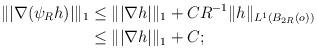
LaTeX: \begin{align*}\||\nabla (\psi_R h)|\|_1 &\leq \||\nabla h|\|_1 + C R^{-1} \|h\|_{L^1(B_{2R}(o))} \\&\leq \||\nabla h|\|_1 + C ;\end{align*}